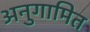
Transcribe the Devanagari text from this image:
अनुगामित